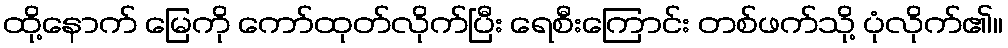
ထို့နောက် မြေကို ကော်ထုတ်လိုက်ပြီး ရေစီးကြောင်း တစ်ဖက်သို့ ပုံလိုက်၏။